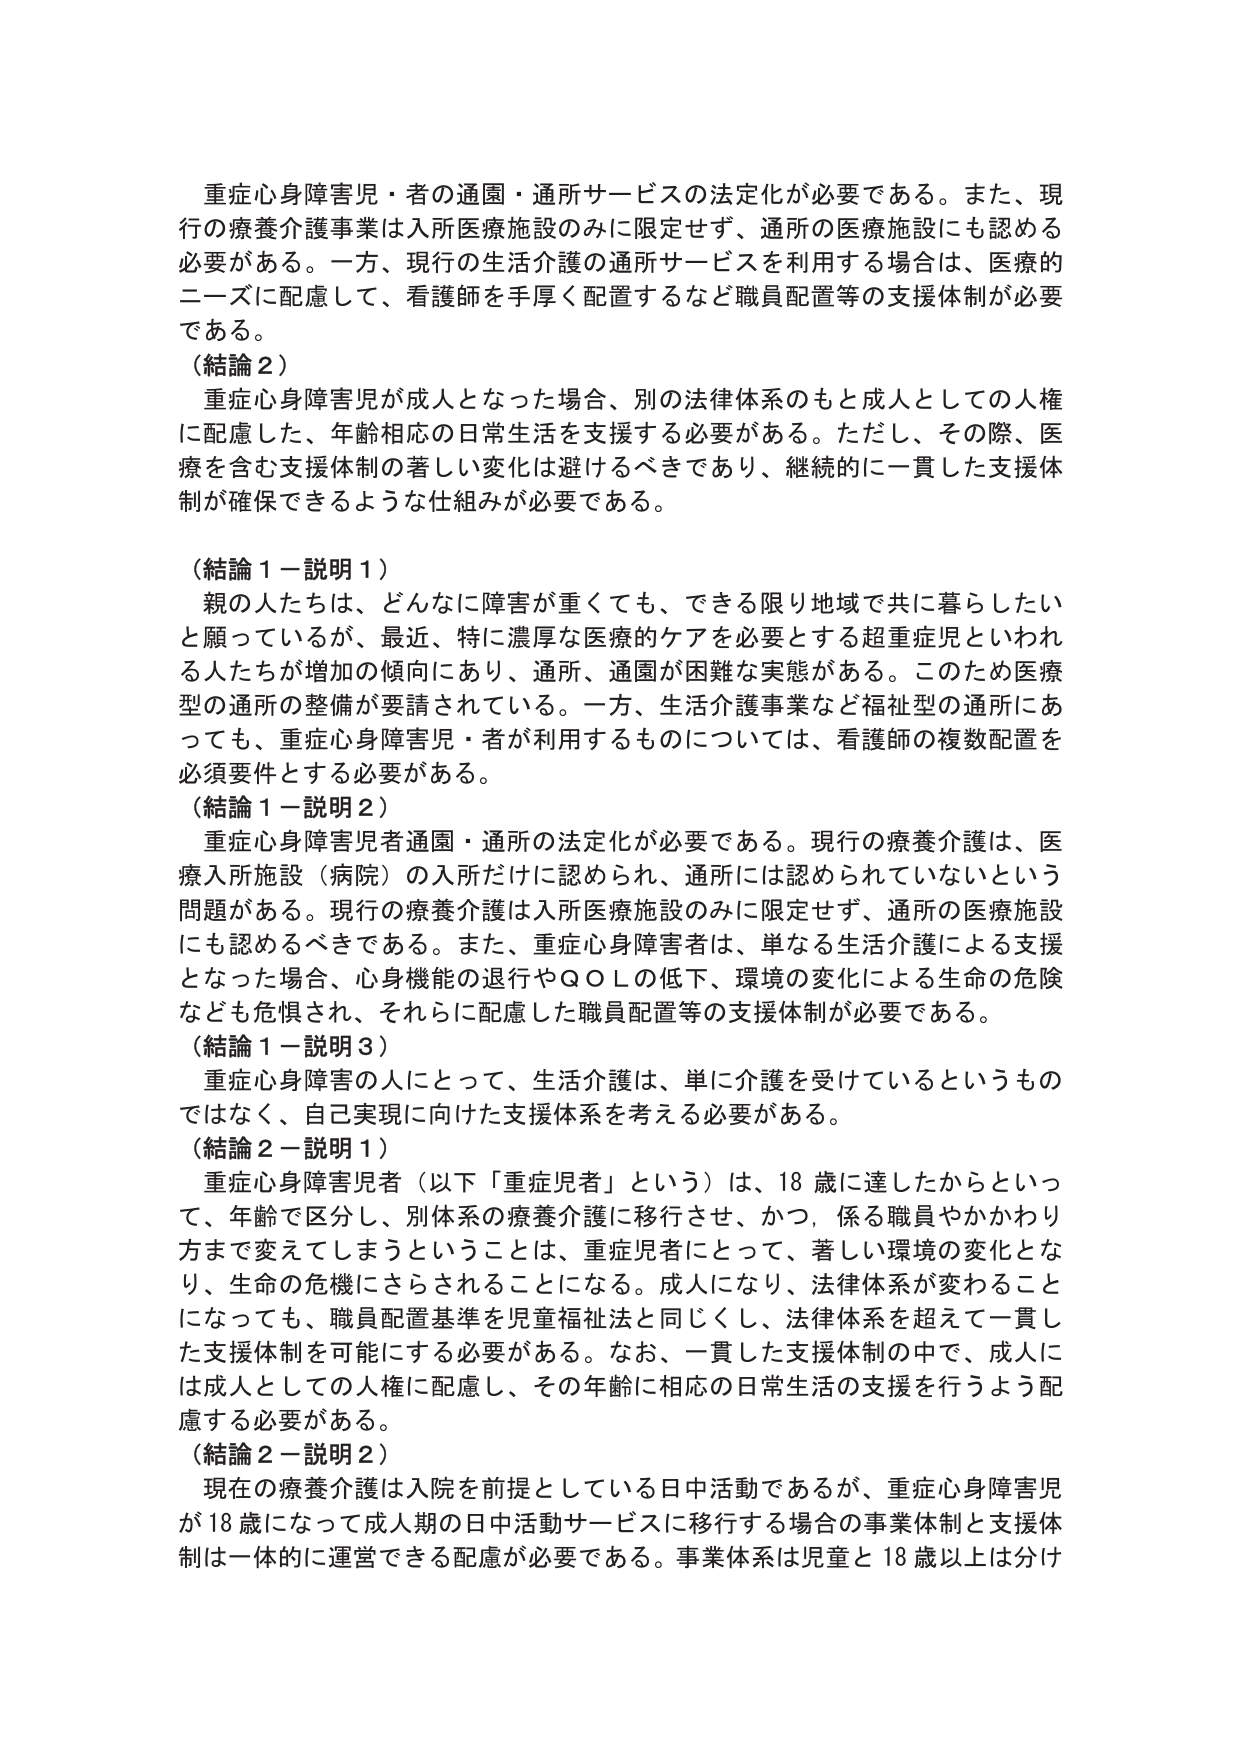
重症心身障害児・者の通園・通所サービスの法定化が必要である。また、現行の療養介護事業は入所医療施設のみに限定せず、通所の医療施設にも認める必要がある。一方、現行の生活介護の通所サービスを利用する場合は、医療的ニーズに配慮して、看護師を手厚く配置するなど職員配置等の支援体制が必要である。

（結論２）
重症心身障害児が成人となった場合、別の法律体系のもと成人としての人権に配慮した、年齢相応の日常生活を支援する必要がある。ただし、その際、医療を含む支援体制の著しい変化は避けるべきであり、継続的に一貫した支援体制が確保できるような仕組みが必要である。

（結論１－説明１）
親の人たちは、どんなに障害が重くても、できる限り地域で共に暮らしたいと願っているが、最近、特に濃厚な医療的ケアを必要とする超重症児といわれる人たちが増加の傾向にあり、通所、通園が困難な実態がある。このため医療型の通所の整備が要請されている。一方、生活介護事業など福祉型の通所にあっても、重症心身障害児・者が利用するものについては、看護師の複数配置を必須要件とする必要がある。

（結論１－説明２）
重症心身障害児者通園・通所の法定化が必要である。現行の療養介護は、医療入所施設（病院）の入所だけに認められ、通所には認められていないという問題がある。現行の療養介護は入所医療施設のみに限定せず、通所の医療施設にも認めるべきである。また、重症心身障害者は、単なる生活介護による支援となった場合、心身機能の退行やＱＯＬの低下、環境の変化による生命の危険なども危惧され、それらに配慮した職員配置等の支援体制が必要である。

（結論１－説明３）
重症心身障害の人にとって、生活介護は、単に介護を受けているというものではなく、自己実現に向けた支援体系を考える必要がある。

（結論２－説明１）
重症心身障害児者（以下「重症児者」という）は、18歳に達したからといって、年齢で区分し、別体系の療養介護に移行させ、かつ、係る職員やかかわり方まで変えてしまうということは、重症児者にとって、著しい環境の変化となり、生命の危機にさらされることになる。成人になり、法律体系が変わることになっても、職員配置基準を児童福祉法と同じくし、法律体系を超えて一貫した支援体制を可能にする必要がある。なお、一貫した支援体制の中で、成人には成人としての人権に配慮し、その年齢に相応の日常生活の支援を行うよう配慮する必要がある。

（結論２－説明２）
現在の療養介護は入院を前提としている日中活動であるが、重症心身障害児が18歳になって成人期の日中活動サービスに移行する場合の事業体制と支援体制は一体的に運営できる配慮が必要である。事業体系は児童と18歳以上は分け